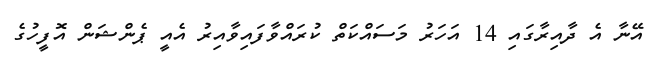
އޭނާ އެ ދާއިރާގައި 14 އަހަރު މަސައްކަތް ކުރައްވާފައިވާއިރު އެއީ ޕެންޝަން އޮފީހުގެ